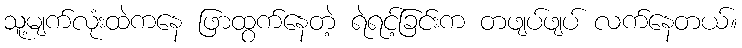
သူ့မျက်လုံးထဲကနေ ဖြာထွက်နေတဲ့ ရဲရင့်ခြင်းက တဖျပ်ဖျပ် လက်နေတယ်။